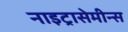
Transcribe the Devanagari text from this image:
नाइट्रासेमीन्स